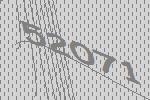
52071